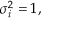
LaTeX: \sigma _ { i } ^ { 2 } = 1 ,